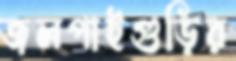
জলপাইগুড়ির